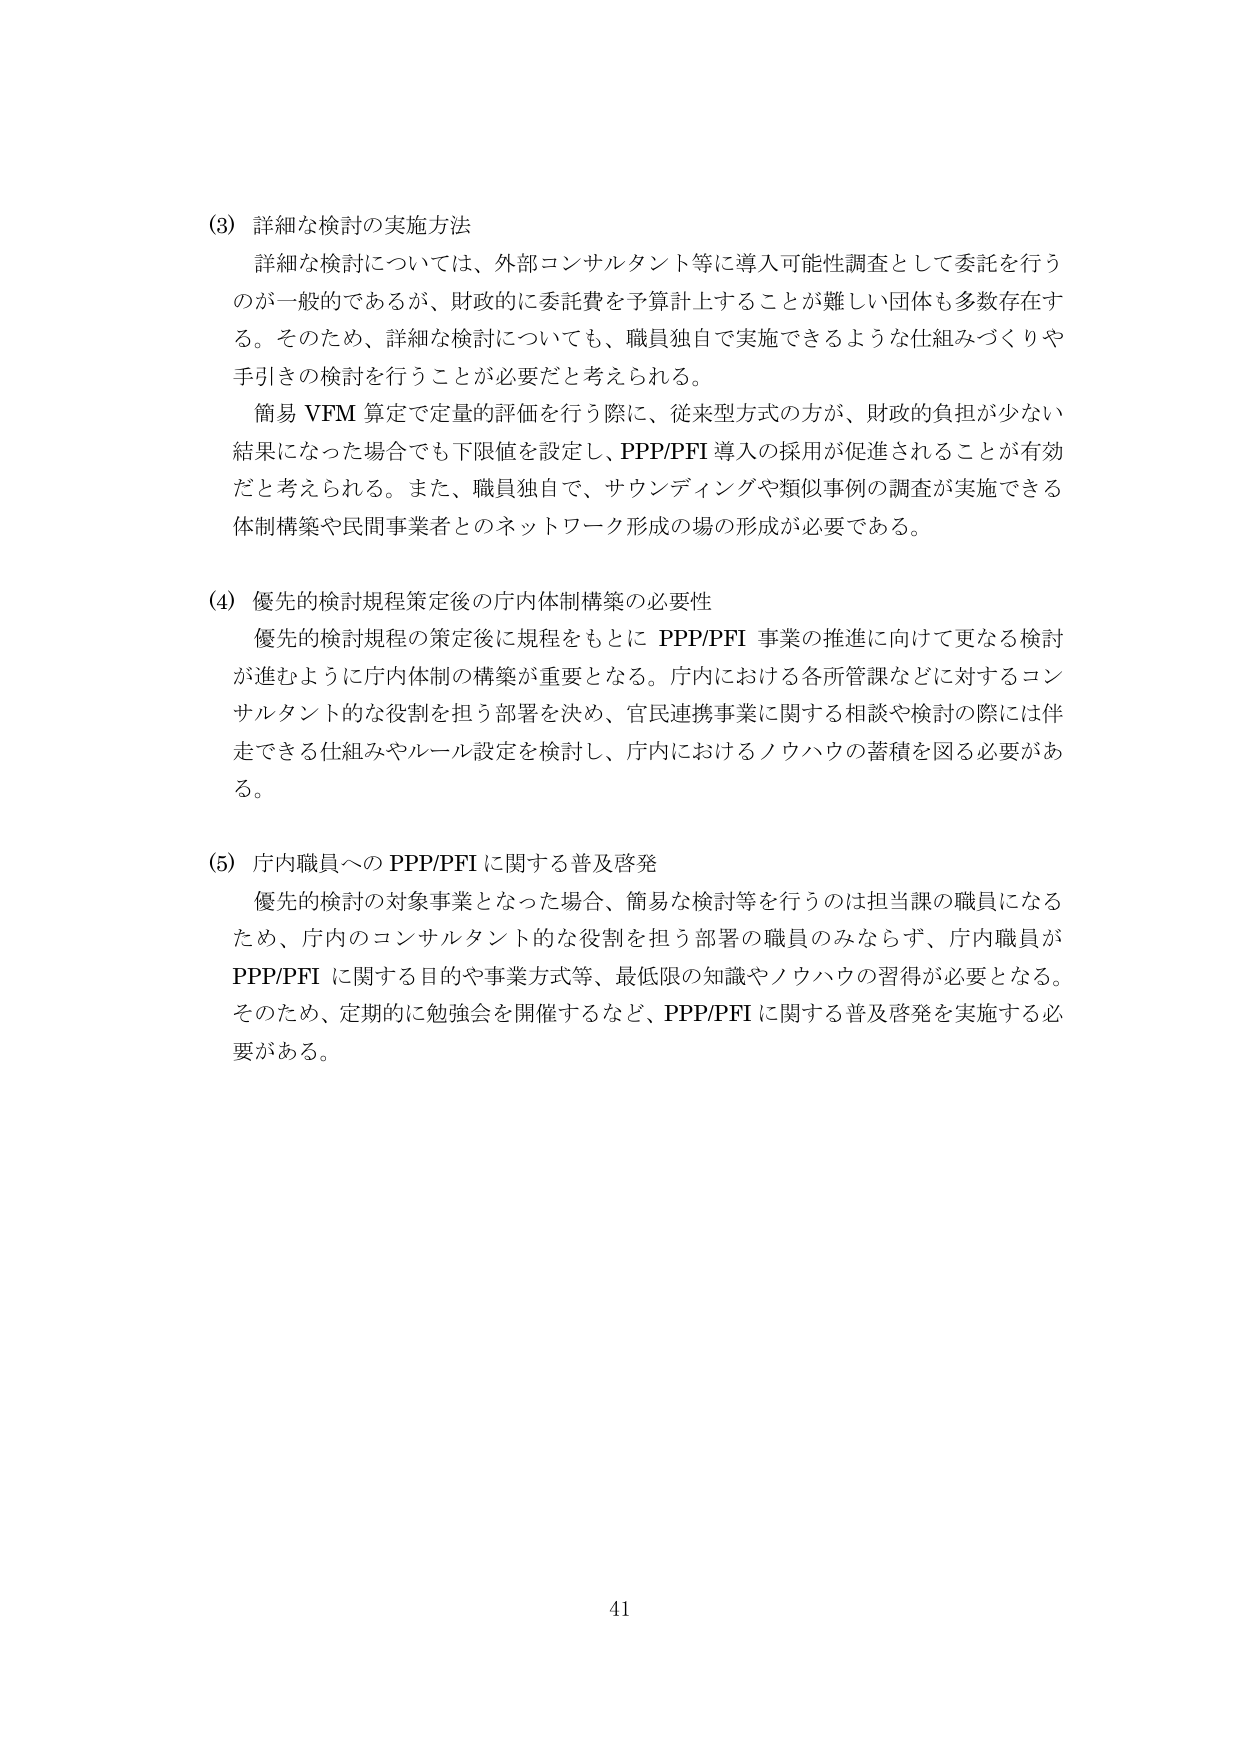
(3) 詳細な検討の実施方法
詳細な検討については、外部コンサルタント等に導入可能性調査として委託を行うのが一般的であるが、財政的に委託費を予算計上することが難しい団体も多数存在する。そのため、詳細な検討についても、職員独自で実施できるような仕組みづくりや手引きの検討を行うことが必要だと考えられる。
簡易 VFM 算定で定量的評価を行う際に、従来型方式の方が、財政的負担が少ない結果になった場合でも下限値を設定し、PPP/PFI 導入の採用が促進されることが有効だと考えられる。また、職員独自で、サウンディングや類似事例の調査が実施できる体制構築や民間事業者とのネットワーク形成の場の形成が必要である。

(4) 優先的検討規程策定後の庁内体制構築の必要性
優先的検討規程の策定後に規程をもとに PPP/PFI 事業の推進に向けて更なる検討が進むように庁内体制の構築が重要となる。庁内における各所管課などに対するコンサルタント的な役割を担う部署を決め、官民連携事業に関する相談や検討の際には伴走できる仕組みやルール設定を検討し、庁内におけるノウハウの蓄積を図る必要がある。

(5) 庁内職員への PPP/PFI に関する普及啓発
優先的検討の対象事業となった場合、簡易な検討等を行うのは担当課の職員になるため、庁内のコンサルタント的な役割を担う部署の職員のみならず、庁内職員が PPP/PFI に関する目的や事業方式等、最低限の知識やノウハウの習得が必要となる。そのため、定期的に勉強会を開催するなど、PPP/PFI に関する普及啓発を実施する必要がある。

41